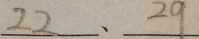
2 2 、 2 9